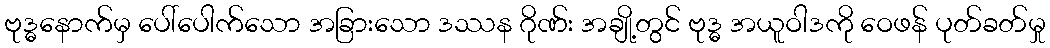
ဗုဒ္ဓနောက်မှ ပေါ်ပေါက်သော အခြားသော ဒဿန ဂိုဏ်း အချို့တွင် ဗုဒ္ဓ အယူဝါဒကို ဝေဖန် ပုတ်ခတ်မှု